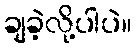
ချခဲ့လို့ပါပဲ။